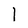
Character: l